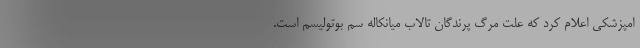
امپزشکی اعلام کرد که علت مرگ پرندگان تالاب میانکاله سم بوتولیسم است.